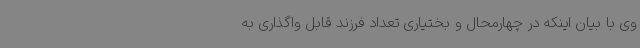
وی با بیان اینکه در چهارمحال و بختیاری تعداد فرزند قابل واگذاری به